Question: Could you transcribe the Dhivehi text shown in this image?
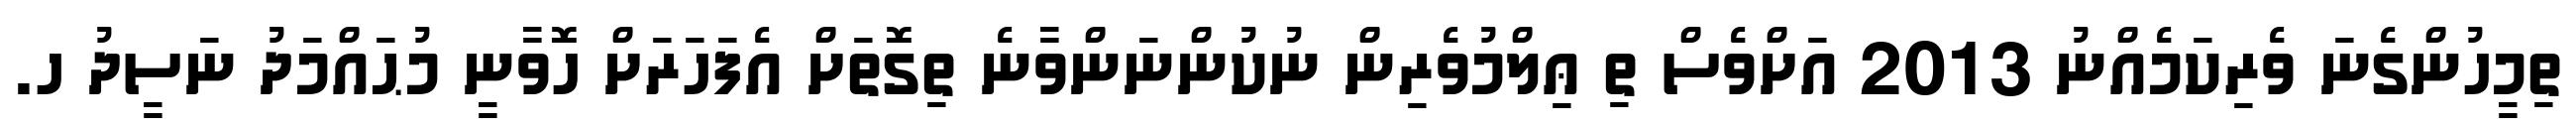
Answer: ތިމީހުންގެނަ ވެރިކަމެއްނު 2013 އަށްވެސް ތި ޢިލްމުވެރިން ނުކުންނަންވާނެ ތިގޮތަށް އެފަހަރަށް ހޮވާނީ މުޙައްމަދު ނަސީދު ހ.